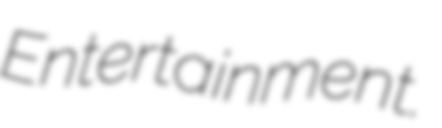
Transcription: Entertainment.